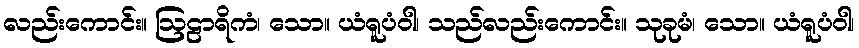
လည်းကောင်း။ ဩဠာရိကံ၊ သော။ ယံရူပံဝါ၊ သည်လည်းကောင်း။ သုခုမံ၊ သော။ ယံရူပံဝါ၊